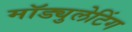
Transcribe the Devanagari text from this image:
मॉड्युलेटिंग